Vaccination in the Punjab 1905-1918 - 1905-1918
Year: 1905
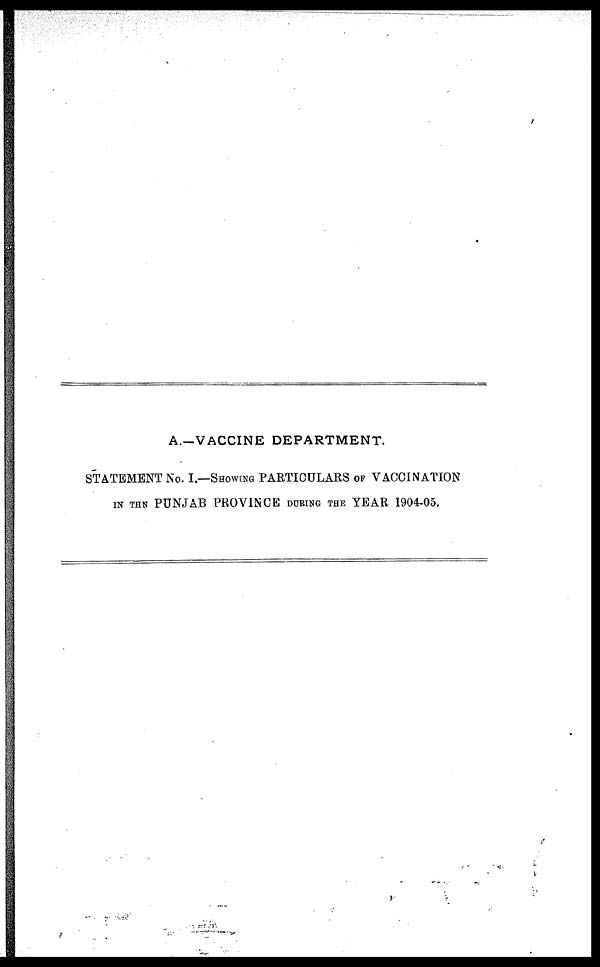
A.—VACCINE DEPARTMENT.
STATEMENT No. I.—SHOWING PARTICULARS OF VACCINATION
IN THE PUNJAB PROVINCE DURING THE YEAR 1904-05.